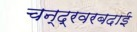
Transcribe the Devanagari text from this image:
चन्द्रवरबदाई